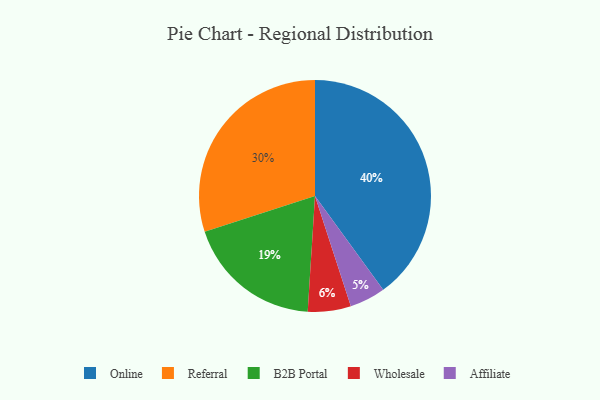
{"axis": {"x": "Category", "y": "Percentage"}, "legend": ["Affiliate", "B2B Portal", "Online", "Referral", "Wholesale"], "data": [{"x": "Online", "y": 40, "type": "Online"}, {"x": "Wholesale", "y": 6, "type": "Wholesale"}, {"x": "Affiliate", "y": 5, "type": "Affiliate"}, {"x": "Referral", "y": 30, "type": "Referral"}, {"x": "B2B Portal", "y": 19, "type": "B2B Portal"}]}